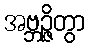
အဗ္ဘဉ္ဇိတွာ